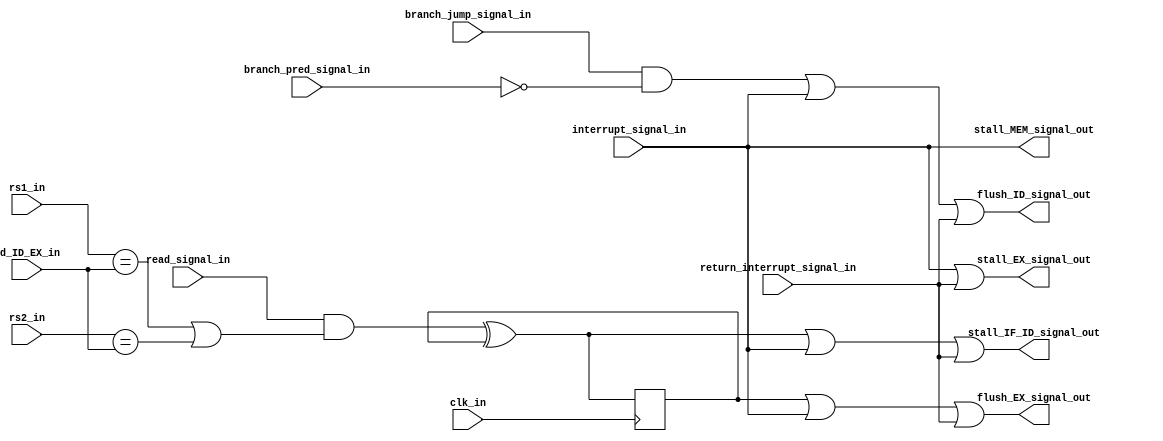
module Hazard_Detection (
    input clk_in,
    
    input [4:0] rs1_in,
    input [4:0] rs2_in,
    input [4:0] rd_ID_EX_in,

    input branch_jump_signal_in,
    input branch_pred_signal_in,
    input read_signal_in,
    input return_interrupt_signal_in,
    input interrupt_signal_in,

    output stall_IF_ID_signal_out,
    output stall_EX_signal_out,
    output stall_MEM_signal_out,
    output flush_ID_signal_out,
    output flush_EX_signal_out
);

    reg [4:0] rd_ID_EX_reg = 5'b00000;
    reg read_signal_reg = 0;
    reg flush_EX_signal_reg = 0;

    always @(*) begin
        rd_ID_EX_reg = rd_ID_EX_in;
        read_signal_reg = read_signal_in;
    end
    
    assign stall_load = (read_signal_reg & ((rs1_in == rd_ID_EX_reg) || (rs2_in == rd_ID_EX_reg)));

    always @(posedge clk_in) begin
        flush_EX_signal_reg <= stall_ID_EX;
    end

    assign stall_ID_EX = stall_load ^ flush_EX_signal_reg;
    
    assign flush_EX_signal_out = flush_EX_signal_reg | interrupt_signal_in | return_interrupt_signal_in;
    assign flush_ID_signal_out = (branch_jump_signal_in & ~branch_pred_signal_in) | interrupt_signal_in | return_interrupt_signal_in;

    assign stall_IF_ID_signal_out = stall_ID_EX | interrupt_signal_in | return_interrupt_signal_in;
    assign stall_EX_signal_out = interrupt_signal_in | return_interrupt_signal_in;
    assign stall_MEM_signal_out = interrupt_signal_in;

endmodule